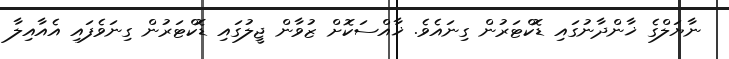
ނާޔަލްގެ ޚާންދާނުގައި ޑޮކްޓަރުން ގިނައެވެ. ޚާއްސަކޮށް ޒުވާން ޖީލުގައި ޑޮކްޓަރުން ގިނަވެފައި އެއާއިލާ